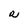
Character: R